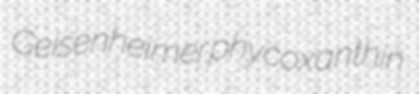
Geisenheimer phycoxanthin